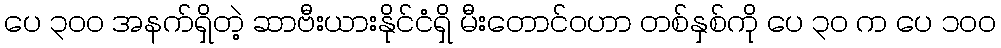
ပေ ၃၀၀ အနက်ရှိတဲ့ ဆာဗီးယားနိုင်ငံရှိ မီးတောင်ဝဟာ တစ်နှစ်ကို ပေ ၃၀ က ပေ ၁၀၀